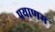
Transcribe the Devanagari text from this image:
प्रयाणम